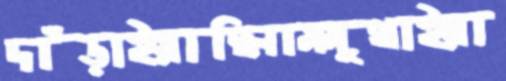
দাঁড়াইয়াছিলামমুথাইয়া